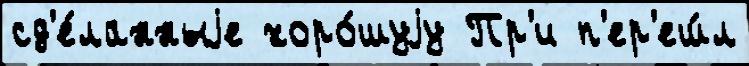
сд'е́ланныjе хоро́шуjу Пр'и п'ер'еш́л